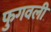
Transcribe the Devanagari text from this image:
फुगवली